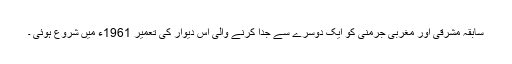
سابقہ مشرقی اور مغربی جرمنی کو ایک دوسرے سے جدا کرنے والی اس دیوار کی تعمیر 1961ء میں شروع ہوئی ۔